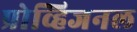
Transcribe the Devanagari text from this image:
प्रोव्हिजनल